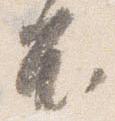
不